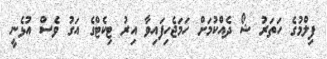
ފިލްމުގެ ހަތަރު ޝޯ ދެއްކުމަށް ހަމަޖެހިފައިވާ އިރު ޓިކެޓްގެ އަގު ވެސް އުޅެނީ